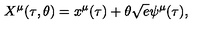
X ^ { \mu } { } ( \tau { } , \theta { } ) = x ^ { \mu } { } ( \tau { } ) + \theta { } \sqrt { e } \psi { } ^ { \mu } { } ( \tau { } ) ,